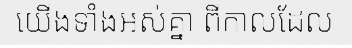
យើងទាំងអស់គ្នា ពីកាលដែល